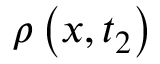
\rho \left( x , t _ { 2 } \right)